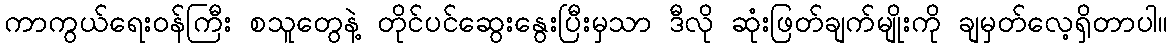
ကာကွယ်ရေးဝန်ကြီး စသူတွေနဲ့ တိုင်ပင်ဆွေးနွေးပြီးမှသာ ဒီလို ဆုံးဖြတ်ချက်မျိုးကို ချမှတ်လေ့ရှိတာပါ။